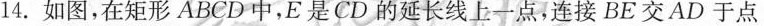
14.如图，在矩形ABCD中，E是CD的延长线上一点，连接BE交AD于点